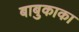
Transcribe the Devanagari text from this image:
बाबुकाका